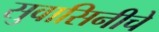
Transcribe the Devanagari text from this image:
सुवासिनीचे